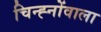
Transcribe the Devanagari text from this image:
चिन्ह्नोंवाला